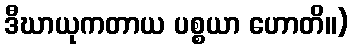
ဒီဃာယုကတာယ ပစ္စယာ ဟောတိ။)